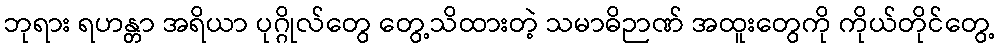
ဘုရား ရဟန္တာ အရိယာ ပုဂ္ဂိုလ်တွေ တွေ့သိထားတဲ့ သမာဓိဉာဏ် အထူးတွေကို ကိုယ်တိုင်တွေ့